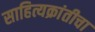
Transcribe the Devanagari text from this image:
साहित्यक्रांतीचा